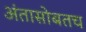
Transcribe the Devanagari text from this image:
अंतासोबतच